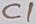
Text: C1